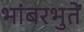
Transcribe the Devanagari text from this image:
भांबरभुतें